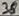
Text: 38